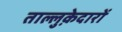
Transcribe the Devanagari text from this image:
ताल्लुक़ेदारों